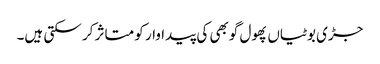
جڑی بوٹیاں پھول گوبھی کی پیداوار کو متاثر کر سکتی ہیں۔